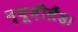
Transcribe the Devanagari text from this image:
न्यूज़ीलैंड।